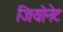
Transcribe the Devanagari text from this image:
जियोनेट